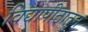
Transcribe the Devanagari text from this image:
विद्यापीठातुन